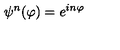
\psi ^ { n } ( \varphi ) = e ^ { i n \varphi }